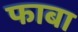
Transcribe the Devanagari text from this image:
फाबा